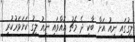
ލީގުގައި ނިއު އަށް ބާކީ ދެ މެޗު އޮއްވައި ނިއު ލީގު ކަށަވަރުކުރީ